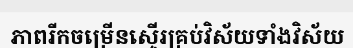
ភាពរីកចម្រើនស្ទើរគ្រប់វិស័យទាំងវិស័យ